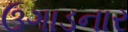
ઉગાડનાર